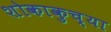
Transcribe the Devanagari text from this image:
शोकाकुच्या